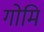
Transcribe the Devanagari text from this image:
गोमि